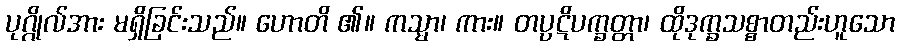
ပုဂ္ဂိုလ်အား မရှိခြင်းသည်။ ဟောတိ ၏။ ကသ္မာ၊ ကား။ တပ္ပဋိပက္ခတ္တာ၊ ထိုဒုက္ခသစ္စာတည်းဟူသော